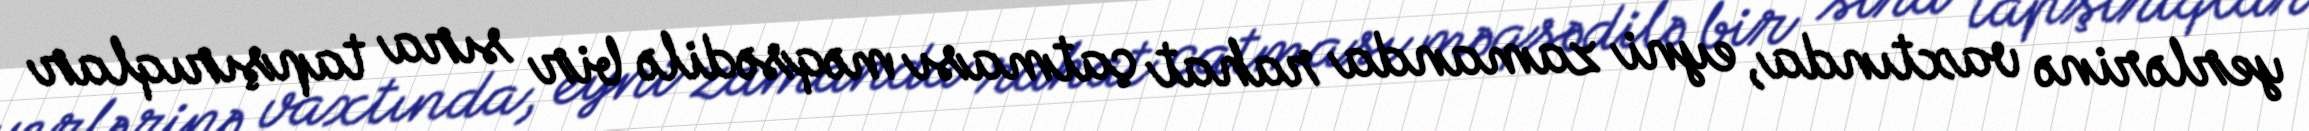
yerlərinə vaxtında, eyni zamanda rahat çatması məqsədilə bir sıra tapşırıqlar